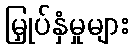
မြှုပ်နှံမှုများ